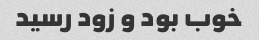
خوب بود و زود رسید